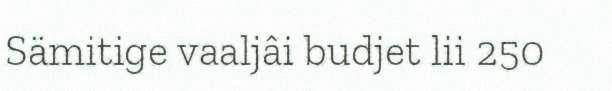
Sämitige vaaljâi budjet lii 250